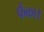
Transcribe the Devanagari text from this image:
फैंका।